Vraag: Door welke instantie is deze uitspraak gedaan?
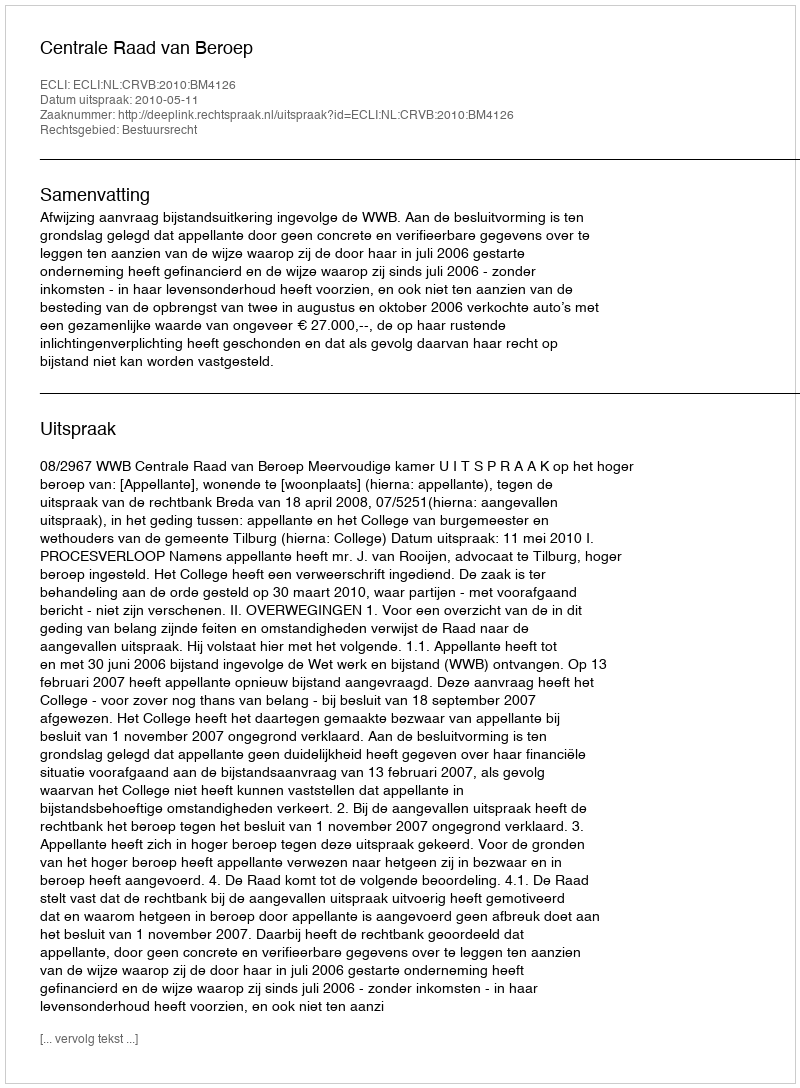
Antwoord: Centrale Raad van Beroep